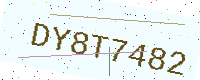
Text: DY8T7482